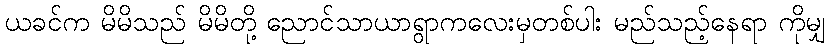
ယခင်က မိမိသည် မိမိတို့ ညောင်သာယာရွာကလေးမှတစ်ပါး မည်သည့်နေရာ ကိုမျှ